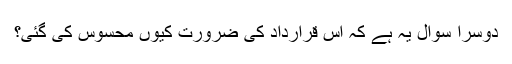
دوسرا سوال یہ ہے کہ اس قرارداد کی ضرورت کیوں محسوس کی گئی؟